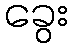
ခွေး